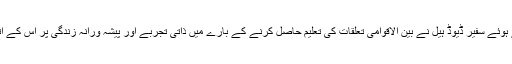
بعدازاں طالبعلموں کے ساتھ گفتگو کرتے ہوئے سفیر ڈیوڈ ہیل نے بین الاقوامی تعلقات کی تعلیم حاصل کرنے کے بارے میں ذاتی تجربے اور پیشہ ورانہ زندگی پر اس کے اثرات کے بارے میں بھی اظہار خیال کیا۔